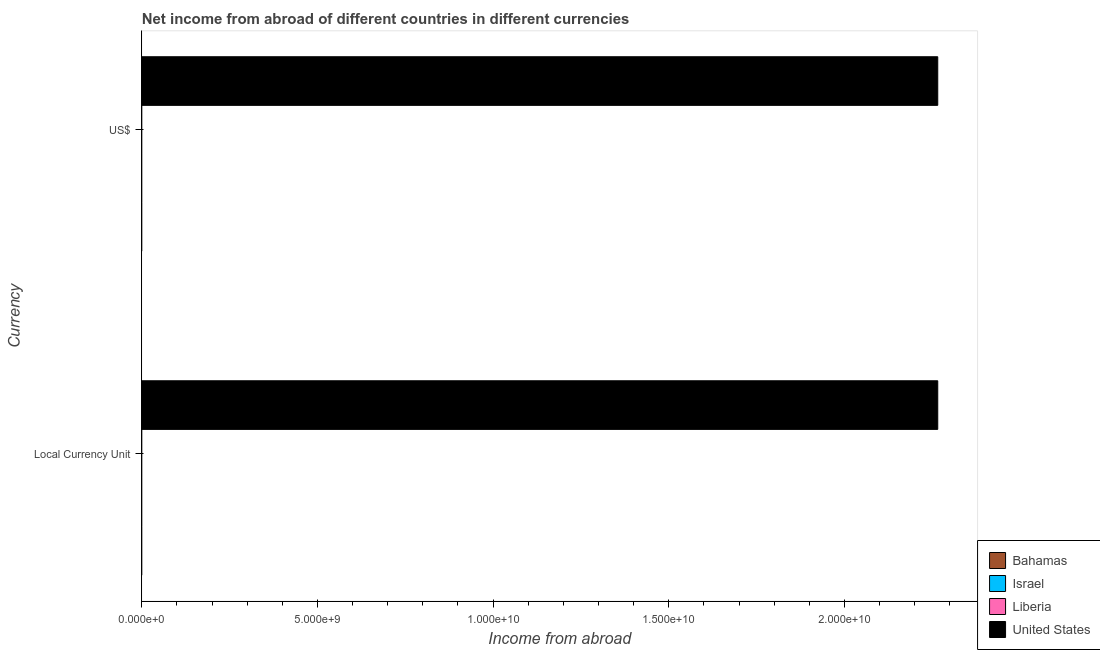
| Currency | Bahamas | Israel | Liberia | United States |
 | --- | --- | --- | --- | --- |
 | Local Currency Unit | -1.68e+08 | -1.78e+09 | -1.94e+08 | 2.27e+10 |
 | US$ | -1.68e+08 | -1.11e+09 | -1.94e+08 | 2.27e+10 |